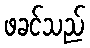
ဖခင်သည်